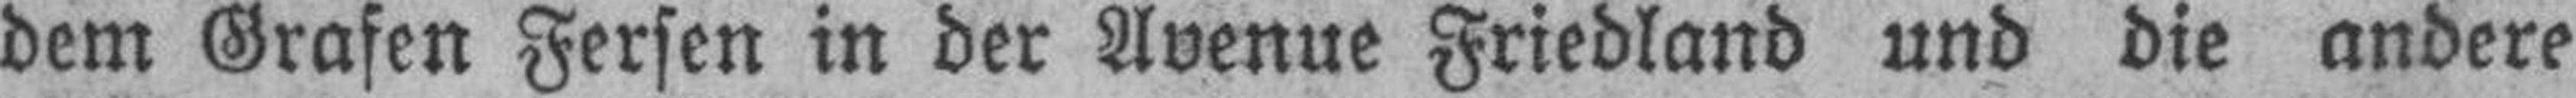
dem Grafen Fersen in der Avenue Friedland und die andere